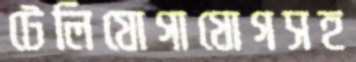
টেলিযোগাযোগসহ